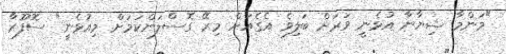
"މަންމާ ޝިޔާނާ އުޅެނީ ވަރަށް ބަލިވެ އެގެއަށް މިރޭ ގޮސްލަންކަމަށް މިއުޅެނީ" ސޮފޫރާ